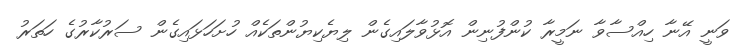
ވަނީ އޭނާ ހިއްސާވާ ނަމީރާ ކުންފުނިން އޮޅުވާލައިގެން ލިޔެކިޔުންތަކެއް ހުށަހަޅައިގެން ސަރުކާރުގެ ހަތަރު